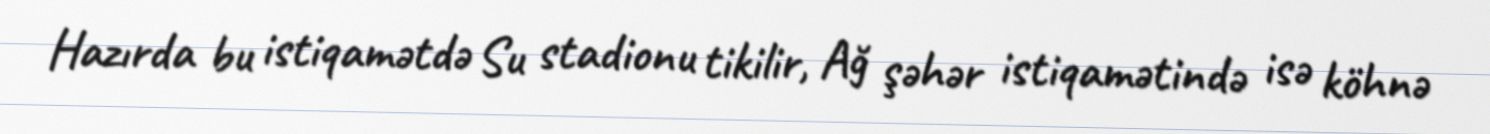
Hazırda bu istiqamətdə Su stadionu tikilir, Ağ şəhər istiqamətində isə köhnə